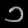
Digit: ၁